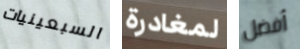
السبعينيات لمغادرة أفضل